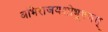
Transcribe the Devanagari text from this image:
अभिराजयशोभूषणम्